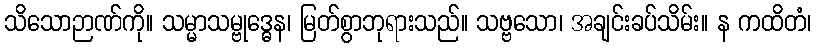
သိသောဉာဏ်ကို။ သမ္မာသမ္ဗုဒ္ဓေန၊ မြတ်စွာဘုရားသည်။ သဗ္ဗသော၊ အချင်းခပ်သိမ်း။ န ကထိတံ၊